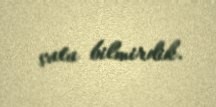
çata bilmirdik.